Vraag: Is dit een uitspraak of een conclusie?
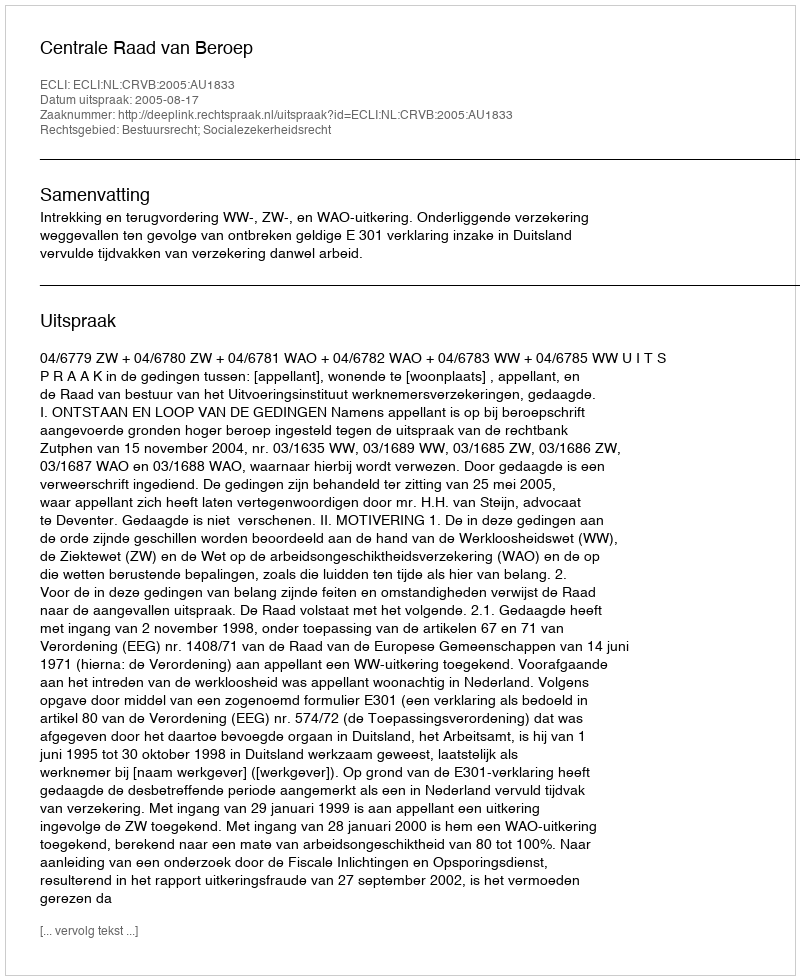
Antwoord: Uitspraak